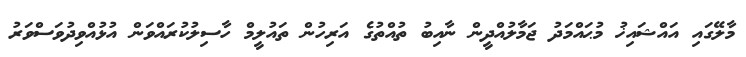
މާލޭގައި އައްޝައިޚު މުޙައްމަދު ޖަމާލުއްދީން ނާއިބު ތުއްތުގެ އަރިހުން ތައުލީމް ހާސިލުކުރައްވަން އުޅުއްވިދުވަސްވަރު